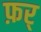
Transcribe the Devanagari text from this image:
फ़र्